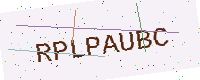
Text: RPLPAUBC